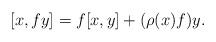
LaTeX: \begin{align*}[x, fy] = f [x,y] + (\rho(x) f) y.\end{align*}